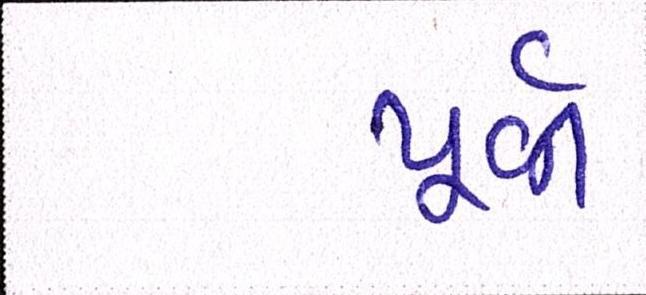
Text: પૂર્વી